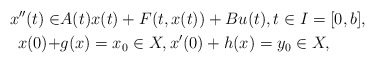
\begin{align*}x''(t)\in&A(t)x(t)+F(t,x(t))+Bu(t), t\in I=[0,b],\\x(0)+&g(x)=x_0\in X,x'(0)+h(x)=y_0\in X,\end{align*}